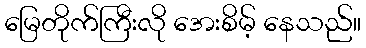
မြေတိုက်ကြီးလို အေးစိမ့် နေသည်။